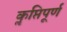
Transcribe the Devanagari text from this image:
कॢप्तिपूर्ण